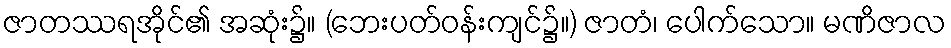
ဇာတဿရအိုင်၏ အဆုံး၌။ (ဘေးပတ်ဝန်းကျင်၌။) ဇာတံ၊ ပေါက်သော။ မဏိဇာလ